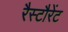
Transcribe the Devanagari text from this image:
रैस्टौरेंट